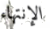
الإنتهاء